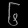
Digit: ၆